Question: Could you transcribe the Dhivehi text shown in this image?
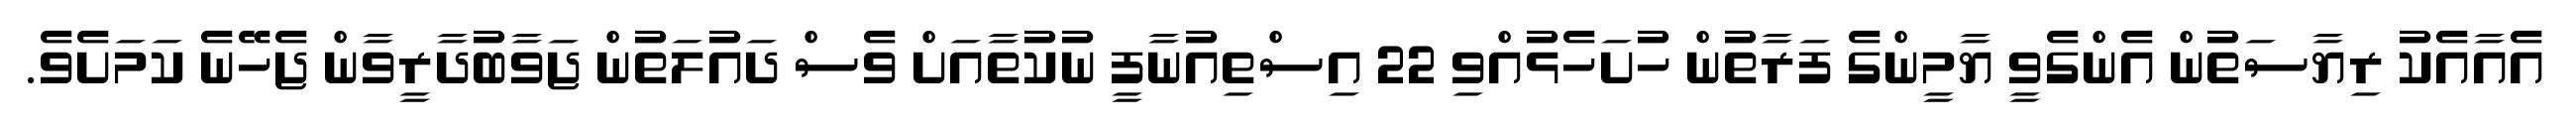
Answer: އެއާއެކު ރިޔާސަތުން އެންގެވީ ޔާމީންގެ ފަރާތުން ހުށަހެޅުއްވި 22 އިސްތިއުނާފީ ނުކުތާއަށް ވެސް ދައުލަތުން ޖަވާބުދާރީވާން ޖެހޭނެ ކަމަށެވެ.